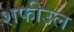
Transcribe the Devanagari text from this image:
शफीउल